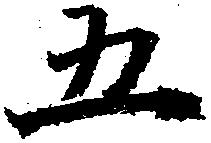
五